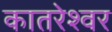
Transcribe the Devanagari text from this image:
कातरेश्वर